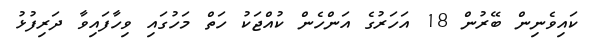
ކައިވެނިން ބޭރުން 18 އަހަރުގެ އަންހެން ކުއްޖަކު ހަތް މަހުގައި ވިހާފައިވާ ދަރިފުޅު